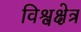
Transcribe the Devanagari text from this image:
विश्वक्षेत्र